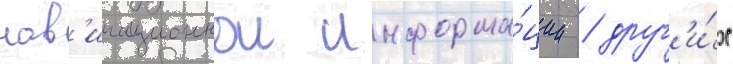
нав'игационнои информа́ции / друг'и́х